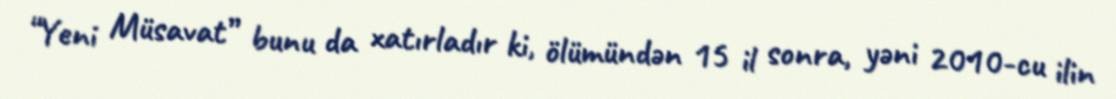
“Yeni Müsavat” bunu da xatırladır ki, ölümündən 15 il sonra, yəni 2010-cu ilin